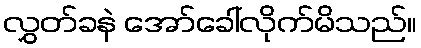
လွှတ်ခနဲ အော်ခေါ်လိုက်မိသည်။